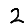
Digit: 2